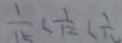
\frac { 1 } { 1 5 } < \frac { 1 } { 1 2 } < \frac { 1 } { 1 1 }